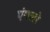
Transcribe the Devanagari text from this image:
एंगलो